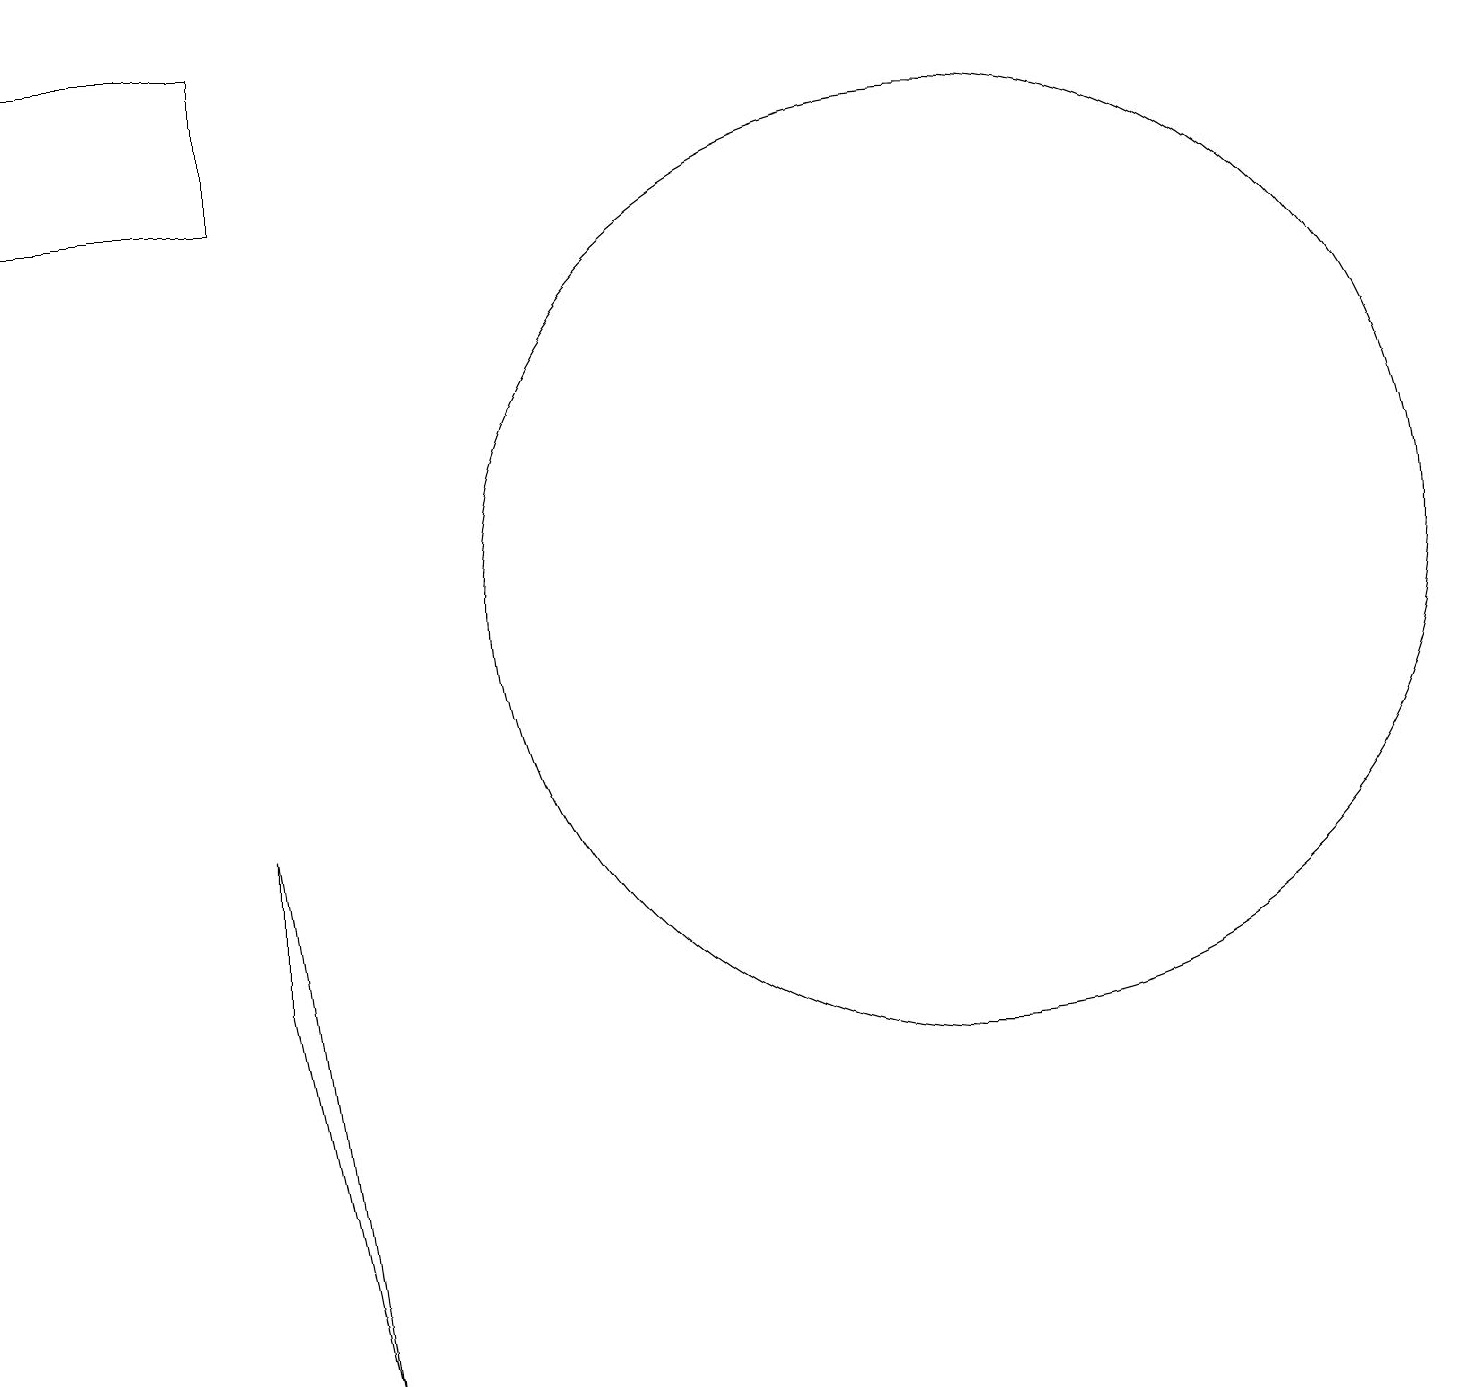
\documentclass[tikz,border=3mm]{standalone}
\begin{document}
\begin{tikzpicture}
\draw (3,5) -- (3,7) -- (4,0) -- cycle;
\draw (12,10) circle (6);
\draw (3,17) rectangle (0,15);
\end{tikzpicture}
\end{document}